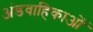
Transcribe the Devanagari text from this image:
अंडवाहिकाओं